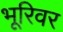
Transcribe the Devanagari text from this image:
भूरिवर